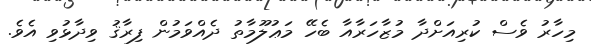
މިހާރު ވެސް ކުރިއަށްދާ މުޒާހަރާއާ ބެހޭ މަޢުލޫމާތު ދެއްވަމުން ފިރާޤު ވިދާޅުވި އެވެ.